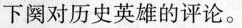
下阕对历史英雄的评论。